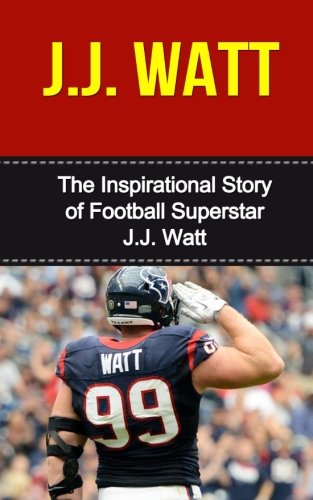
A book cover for J.J. Watt: The Inspirational Story of Football Superstar J.J. Watt (J.J. Watt Unauthorized Biography, Houston Texans, University of Wisconsin, NFL Books); Bill Redban; Biographies & Memoirs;